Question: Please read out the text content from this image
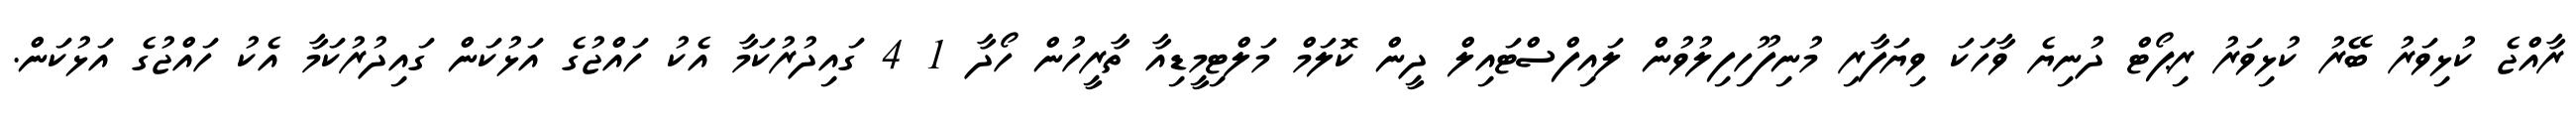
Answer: ރާއްޖެ ކުޅިވަރު ބޭރު ކުޅިވަރު ރިޕޯޓް ދުނިޔެ ވާހަކަ ވިޔަފާރި މުނިފޫހިފިލުވުން ލައިފްސްޓައިލް ދީން ކޮލަމް މަލްޓިމީޑިއާ ތާރީހުން ހޯދާ 1 4 ގައިދުރުކަމާ އެކު ހައްޖުގެ އަޅުކަން ގައިދުރުކަމާ އެކު ހައްޖުގެ އަޅުކަން.